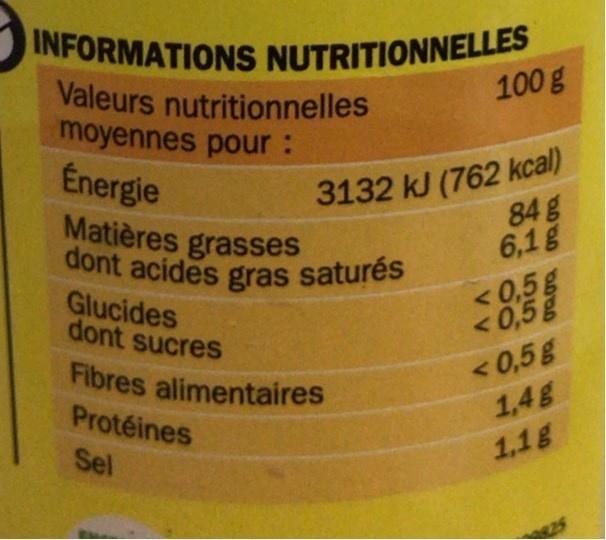
INFORMATIONS NUTRITIONNELLES
dont acides gras saturés
Valeurs nutritionnelles moyennes pour: Energie Matières grasses
100 g
3132 kJ (762 kcal) 84g 6,1g
Glucides dont sucres
< 0,5g < 0,5g < 0,5g 1,4g
Fibres alimentaires
Protéines
Sel
1,1g